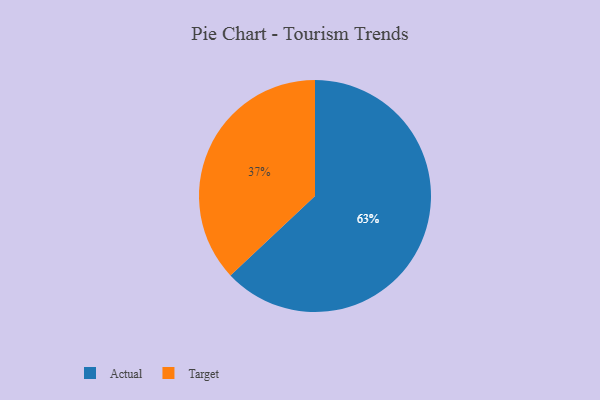
{"axis": {"x": "Category", "y": "Percentage"}, "legend": ["Actual", "Target"], "data": [{"x": "Target", "y": 37, "type": "Target"}, {"x": "Actual", "y": 63, "type": "Actual"}]}